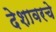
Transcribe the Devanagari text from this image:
देशावरचे